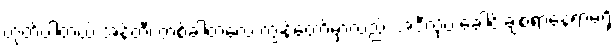
ဟုတ်ပါတယ် အန်တီ၊ တစ်ခါတလေ ကျွန်တော့်မှာလည်း အဲဒီလိုပဲ ခေါင်းချစရာနေရာမရှိ